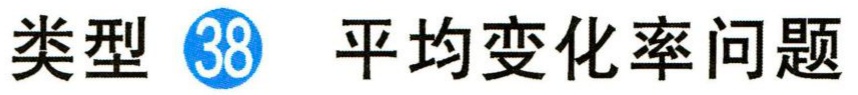
类型 \textcircled{38} 平均变化率问题